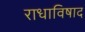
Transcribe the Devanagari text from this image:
राधाविषाद